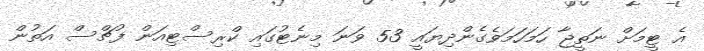
އެ ޓީމަށް ނަތީޖާ ހަމަހަމަވެގެންދިޔައީ 53 ވަނަ މިނެޓުގައި ކްރިސްޓިއަން ފުޗްސް އަތުން